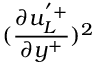
( \frac { \partial u _ { L } ^ { ' + } } { \partial y ^ { + } } ) ^ { 2 }